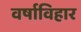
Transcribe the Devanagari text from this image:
वर्षाविहार